Studies on the mouth parts a Comparative anatomy of the proboscis in the blood-sucking muscidae - Number 60
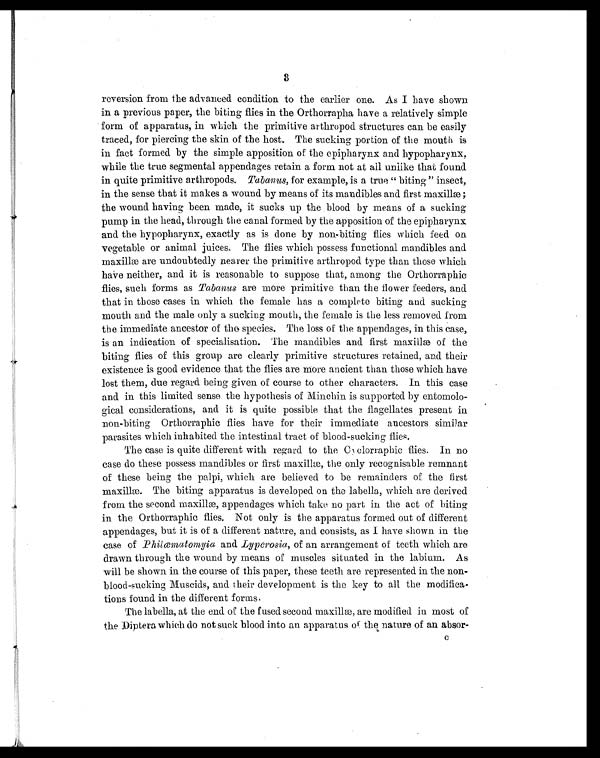
3
reversion from the advanced condition to the earlier one. As I have shown
in a previous paper, the biting flies in the Orthorrapha have a relatively simple
form of apparatus, in which the primitive arthropod structures can be easily
traced, for piercing the skin of the host. The sucking portion of the mouth is
in fact formed by the simple apposition of the epipharynx and hypopharynx,
while the true segmental appendages retain a form not at all unlike that found
in quite primitive arthropods. Tabanus, for example, is a true "biting" insect,
in the sense that it makes a wound by means of its mandibles and first maxillæ;
the wound having been made, it sucks up the blood by means of a sucking
pump in the head, through the canal formed by the apposition of the epipharynx
and the hypopharynx, exactly as is done by non-biting flies which feed on
vegetable or animal juices,. The flies which possess functional mandibles and
maxillæ are undoubtedly nearer the primitive arthropod type than those which
have neither, and it is reasonable to suppose that, among the Orthorraphic
flies, such forms as Tabanus are more primitive than the flower feeders, and
that in those cases in which the female has a complete biting and sucking
mouth and the male only a sucking mouth, the female is the less removed from
the immediate ancestor of tho species. The loss of the appendages, in this case,
is an indication of specialisation. The mandibles and first maxillæ of the
biting flies of this group are clearly primitive structures retained, and their
existence is good evidence that the flies are more ancient than those which have
lost them, due regard being given of course to other characters. In this case
and in this limited sense the hypothesis of Minchin is supported by entomolo-
gical considerations, and it is quite possible that the flagellates present in
non-biting Orthorraphic flies have for their immediate ancestors similar
parasites which inhabited the intestinal tract of blood-sucking flies.
The case is quite different with regard to the Cyclorraphic flies. In no
case do these possess mandibles or first maxillæ, the only recognisable remnant
of these being the palpi, which are believed to be remainders of the first
maxillae. The biting apparatus is developed on the labella, which are derived
from the second maxillæ, appendages which take no part in the act of biting
in the Orthorraphic flies. Not only is the apparatus formed out of different
appendages, but it is of a different nature, and consists, as I have shown in the
case of Philœmatomyia and Lyperosia, of an arrangement of teeth which are
drawn through the wound by means of muscles situated in the labium. As
will be shown in the course of this paper, these teeth are represented in the non-
blood-sucking Muscids, and their development is the key to all the modifica
Lions found in the different forms
The labella, at the end of the fused second maxillæ, are modified in most of
the Diptera which do not suck blood into an apparatus of the of an absor-